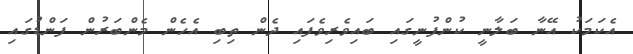
އެކަމަކު އޭނާ ބަލާނީ ކުންފުނީގައި ބައިވެރިވެފައި ދެން ތިބި އެހެން މެންބަރުން ފަންޑުގައި